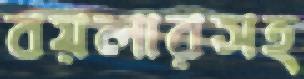
বয়লারসহ